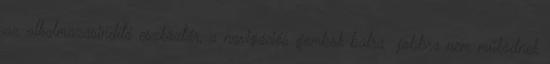
az alkalmazásindító eszköztár, a navigációs gombok balra jobbra nem működnek